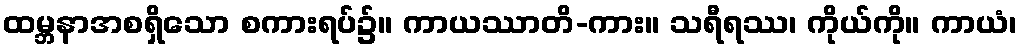
ထမ္ဘနာအစရှိသော စကားရပ်၌။ ကာယဿာတိ-ကား။ သရီရဿ၊ ကိုယ်ကို။ ကာယံ၊